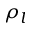
\rho _ { l }